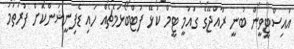
އައިސްޓީވީން ބުނީ ރާއްޖޭގެ ގައުމީ ޓީމް ކުޅޭ ފުޓްބޯޅަމެޗެއް ހައި ޑެފިނީޝަންކޮށް ފުރަތަމަ